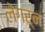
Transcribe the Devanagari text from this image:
लेगर्न